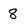
Character: 8